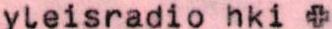
yleisradio hki +